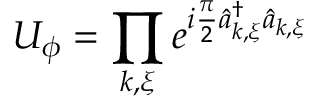
U _ { \phi } = \prod _ { { \boldsymbol k } , { \boldsymbol \xi } } e ^ { i \frac { \pi } { 2 } \hat { a } _ { { \boldsymbol k } , { \boldsymbol \xi } } ^ { \dagger } \hat { a } _ { { \boldsymbol k } , { \boldsymbol \xi } } }